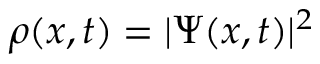
\rho ( x , t ) = | \Psi ( x , t ) | ^ { 2 }